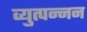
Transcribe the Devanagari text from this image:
व्युत्पन्नन